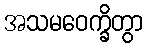
အသမဝေက္ခိတွာ